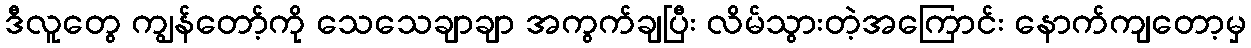
ဒီလူတွေ ကျွန်တော့်ကို သေသေချာချာ အကွက်ချပြီး လိမ်သွားတဲ့အကြောင်း နောက်ကျတော့မှ